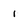
Character: 1